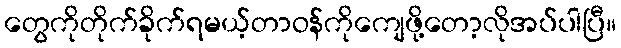
တွေကိုတိုက်ခိုက်ရမယ့်တာဝန်ကိုကျေဖို့တော့လိုအပ်ပါပြီ။